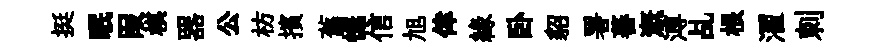
挺眠叚棋器公枋擯舊憮信旭倖緣卧貂署蕃溉溥乩根濯刺